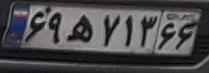
۶۹ه۷۱۳۶۶